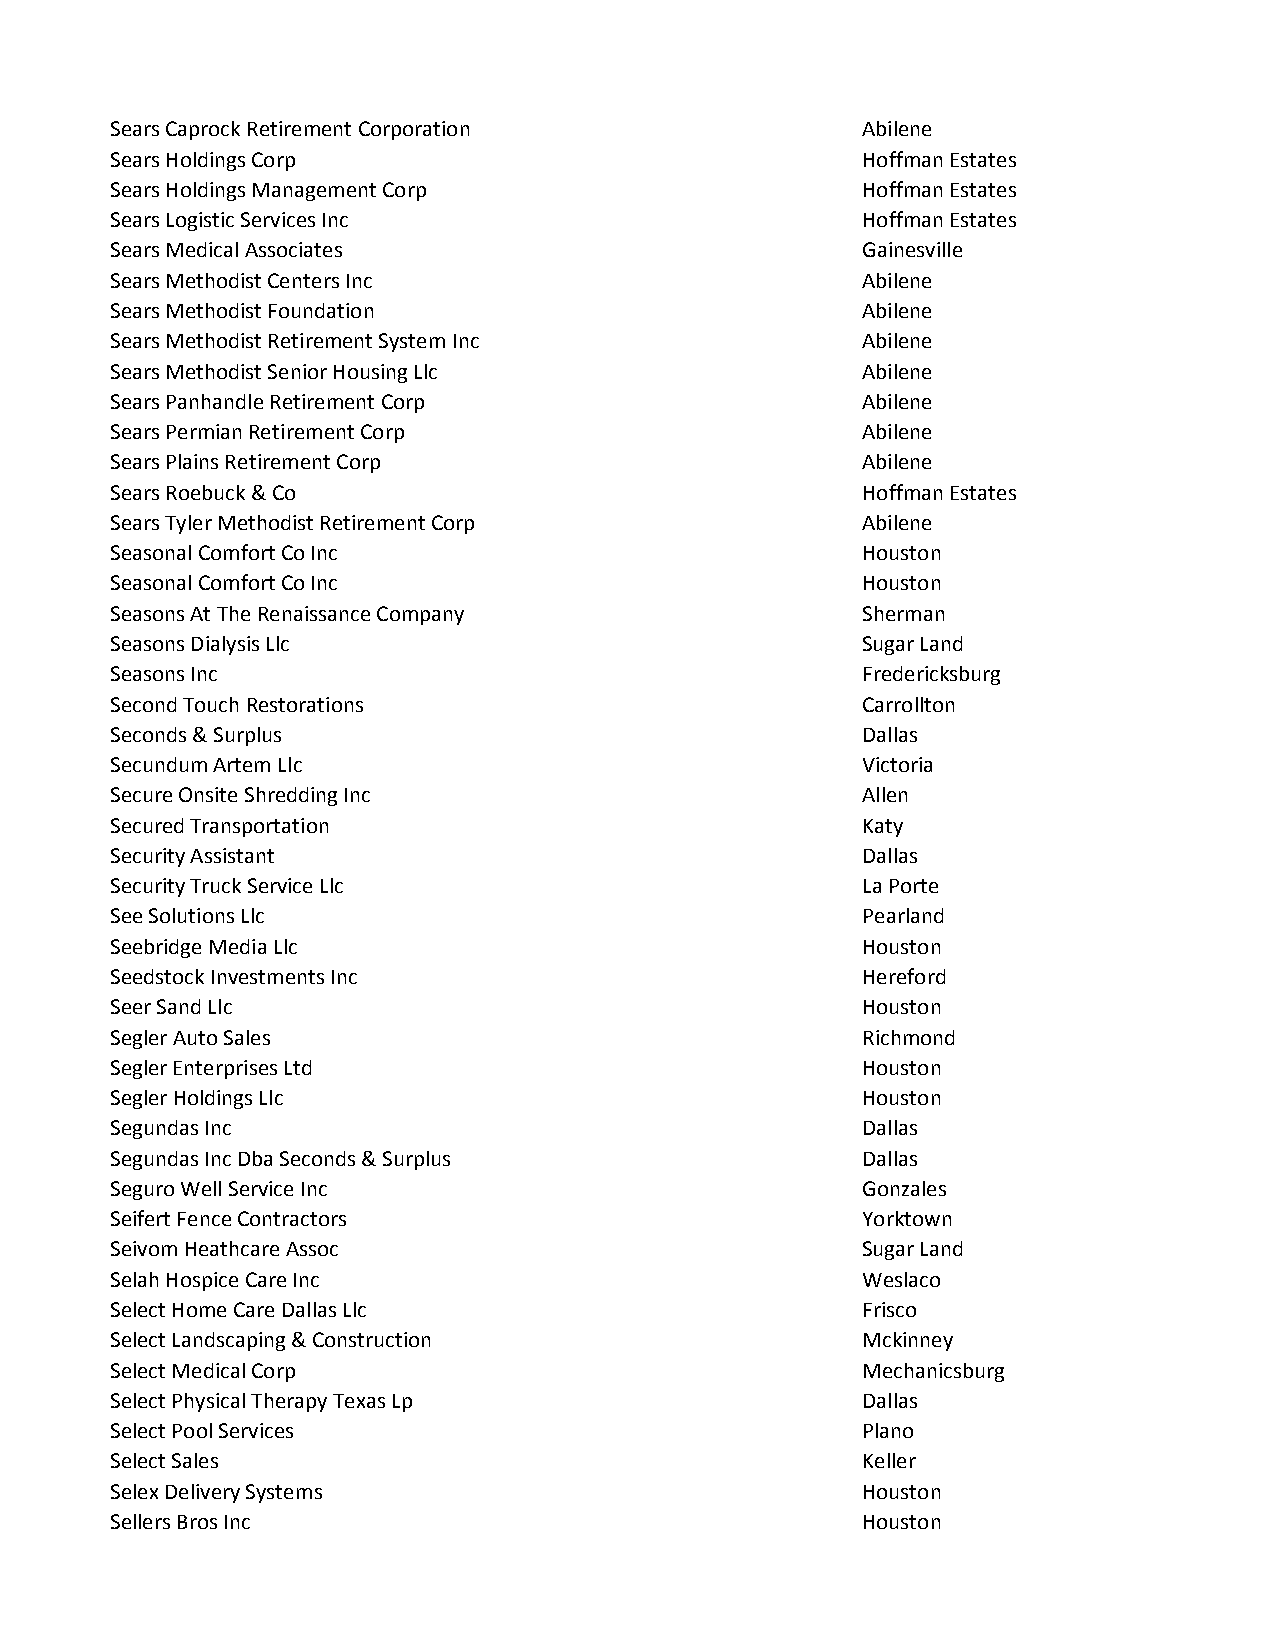
Sears Caprock Retirement Corporation              Abilene
 Sears Holdings Corp                               Hoffman Estates
 Sears Holdings Management Corp                    Hoffman Estates
 Sears Logistic Services Inc                       Hoffman Estates
 Sears Medical Associates                          Gainesville
 Sears Methodist Centers Inc                       Abilene
 Sears Methodist Foundation                        Abilene
 Sears Methodist Retirement System Inc             Abilene
 Sears Methodist Senior Housing Llc                Abilene
 Sears Panhandle Retirement Corp                   Abilene
 Sears Permian Retirement Corp                     Abilene
 Sears Plains Retirement Corp                      Abilene
 Sears Roebuck & Co                                Hoffman Estates
 Sears Tyler Methodist Retirement Corp             Abilene
 Seasonal Comfort Co Inc                           Houston
 Seasonal Comfort Co Inc                           Houston
 Seasons At The Renaissance Company                Sherman
 Seasons Dialysis Llc                              Sugar Land
 Seasons Inc                                       Fredericksburg
 Second Touch Restorations                         Carrollton
 Seconds & Surplus                                 Dallas
 Secundum Artem Llc                                Victoria
 Secure Onsite Shredding Inc                       Allen
 Secured Transportation                            Katy
 Security Assistant                                Dallas
 Security Truck Service Llc                        La Porte
 See Solutions Llc                                 Pearland
 Seebridge Media Llc                               Houston
 Seedstock Investments Inc                         Hereford
 Seer Sand Llc                                     Houston
 Segler Auto Sales                                 Richmond
 Segler Enterprises Ltd                            Houston
 Segler Holdings Llc                               Houston
 Segundas Inc                                      Dallas
 Segundas Inc Dba Seconds & Surplus                Dallas
 Seguro Well Service Inc                           Gonzales
 Seifert Fence Contractors                         Yorktown
 Seivom Heathcare Assoc                            Sugar Land
 Selah Hospice Care Inc                            Weslaco
 Select Home Care Dallas Llc                       Frisco
 Select Landscaping & Construction                 Mckinney
 Select Medical Corp                               Mechanicsburg
 Select Physical Therapy Texas Lp                  Dallas
 Select Pool Services                              Plano
 Select Sales                                      Keller
 Selex Delivery Systems                            Houston
 Sellers Bros Inc                                  Houston